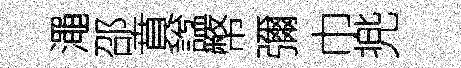
澠邵賁諡幣彌巾兠